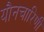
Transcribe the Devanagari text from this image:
यौनचारिणी